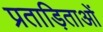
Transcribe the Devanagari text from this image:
प्रताड़िताओं